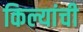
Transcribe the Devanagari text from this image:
किल्यांची